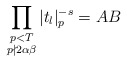
\begin{align*} \prod_{{\substack{p<T \\ p\nmid 2\alpha\beta}}}|t_l|^{-s}_p = AB\end{align*}